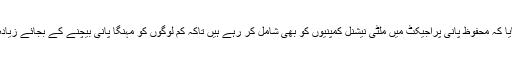
وزیر سائنس و ٹیکنالوجی نے بتایا کہ محفوظ پانی پراجیکٹ میں ملٹی نیشنل کمپنیوں کو بھی شامل کر رہے ہیں تاکہ کم لوگوں کو مہنگا پانی بیچنے کے بجائے زیادہ لوگوں کو بہت سستا پانی بیچیں۔